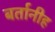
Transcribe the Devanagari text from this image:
बर्तानीह